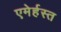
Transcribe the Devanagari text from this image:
एमेर्हस्त